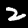
Label: 2